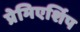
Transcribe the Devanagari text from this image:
प्रेमिएर्शिप